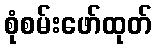
စုံစမ်းဖော်ထုတ်